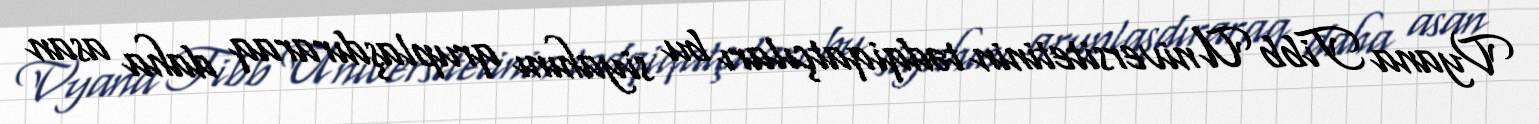
Vyana Tibb Universitetinin tədqiqatçıları bu siyahını qruplaşdıraraq daha asan